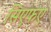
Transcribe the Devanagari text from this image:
सिएफए